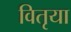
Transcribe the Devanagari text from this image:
वितृया